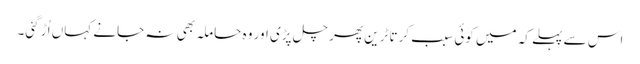
اس سے پہلے کہ میں کوئی سبب کرتا ٹرین پھر چل پڑی اور وہ حاملہ بھی نہ جانے کہاں اُڑ گئی۔